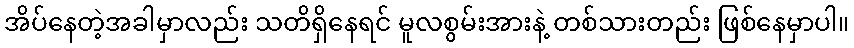
အိပ်နေတဲ့အခါမှာလည်း သတိရှိနေရင် မူလစွမ်းအားနဲ့ တစ်သားတည်း ဖြစ်နေမှာပါ။